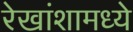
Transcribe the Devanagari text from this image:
रेखांशामध्ये